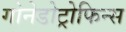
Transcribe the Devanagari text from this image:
गोनेडोट्रोफिन्स